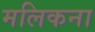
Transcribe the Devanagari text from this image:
मलिकना